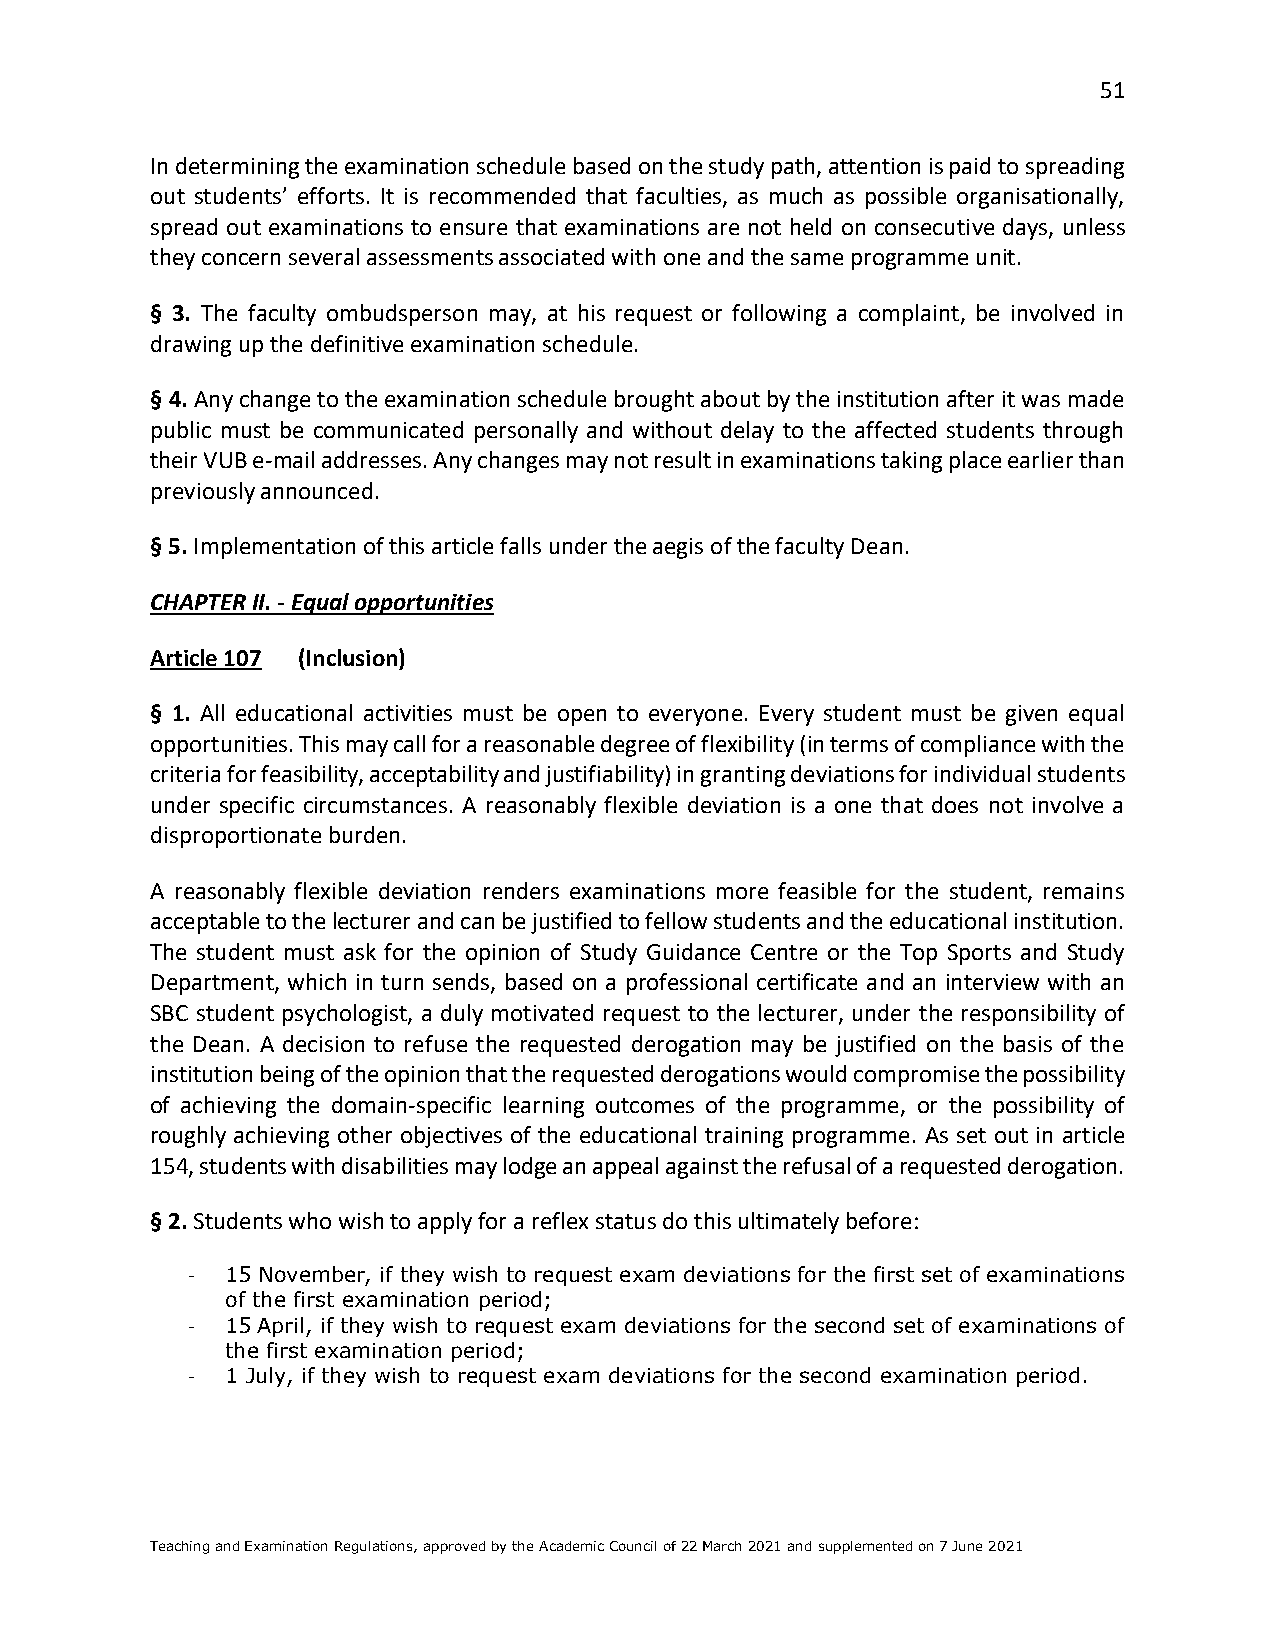
51
 In determining the examination schedule based on the study path, attention is paid to spreading
 out students’ efforts. It is recommended that faculties, as much as possible organisationally,
 spread out examinations to ensure that examinations are not held on consecutive days, unless
 they concern several assessments associated with one and the same programme unit.
 § 3. The faculty ombudsperson may, at his request or following a complaint, be involved in
 drawing up the definitive examination schedule.
 § 4. Any change to the examination schedule brought about by the institution after it was made
 public must be communicated personally and without delay to the affected students through
 their VUB e-mail addresses. Any changes may not result in examinations taking place earlier than
 previously announced.
 § 5. Implementation of this article falls under the aegis of the faculty Dean.
 CHAPTER II. - Equal opportunities
 Article 107 (Inclusion)
 § 1. All educational activities must be open to everyone. Every student must be given equal
 opportunities. This may call for a reasonable degree of flexibility (in terms of compliance with the
 criteria for feasibility, acceptability and justifiability) in granting deviations for individual students
 under specific circumstances. A reasonably flexible deviation is a one that does not involve a
 disproportionate burden.
 A reasonably flexible deviation renders examinations more feasible for the student, remains
 acceptable to the lecturer and can be justified to fellow students and the educational institution.
 The student must ask for the opinion of Study Guidance Centre or the Top Sports and Study
 Department, which in turn sends, based on a professional certificate and an interview with an
 SBC student psychologist, a duly motivated request to the lecturer, under the responsibility of
 the Dean. A decision to refuse the requested derogation may be justified on the basis of the
 institution being of the opinion that the requested derogations would compromise the possibility
 of achieving the domain-specific learning outcomes of the programme, or the possibility of
 roughly achieving other objectives of the educational training programme. As set out in article
 154, students with disabilities may lodge an appeal against the refusal of a requested derogation.
 § 2. Students who wish to apply for a reflex status do this ultimately before:
 -  15 November, if they wish to request exam deviations for the first set of examinations
 of the first examination period;
 -  15 April, if they wish to request exam deviations for the second set of examinations of
 the first examination period;
 -  1 July, if they wish to request exam deviations for the second examination period.
 Teaching and Examination Regulations, approved by the Academic Council of 22 March 2021 and supplemented on 7 June 2021